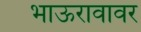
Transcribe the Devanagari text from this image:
भाऊरावावर